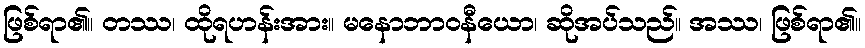
ဖြစ်ရာ၏။ တဿ၊ ထိုရဟန်းအား။ မနောဘာဝနီယော၊ ဆိုအပ်သည်။ အဿ၊ ဖြစ်ရာ၏။